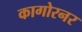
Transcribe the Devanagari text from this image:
कागोरनर